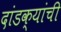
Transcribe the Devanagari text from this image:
दांडक्यांची